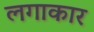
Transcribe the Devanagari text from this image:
लगाकार